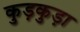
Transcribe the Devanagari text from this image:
कुड़कुड़ा